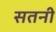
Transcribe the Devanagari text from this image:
सतनी